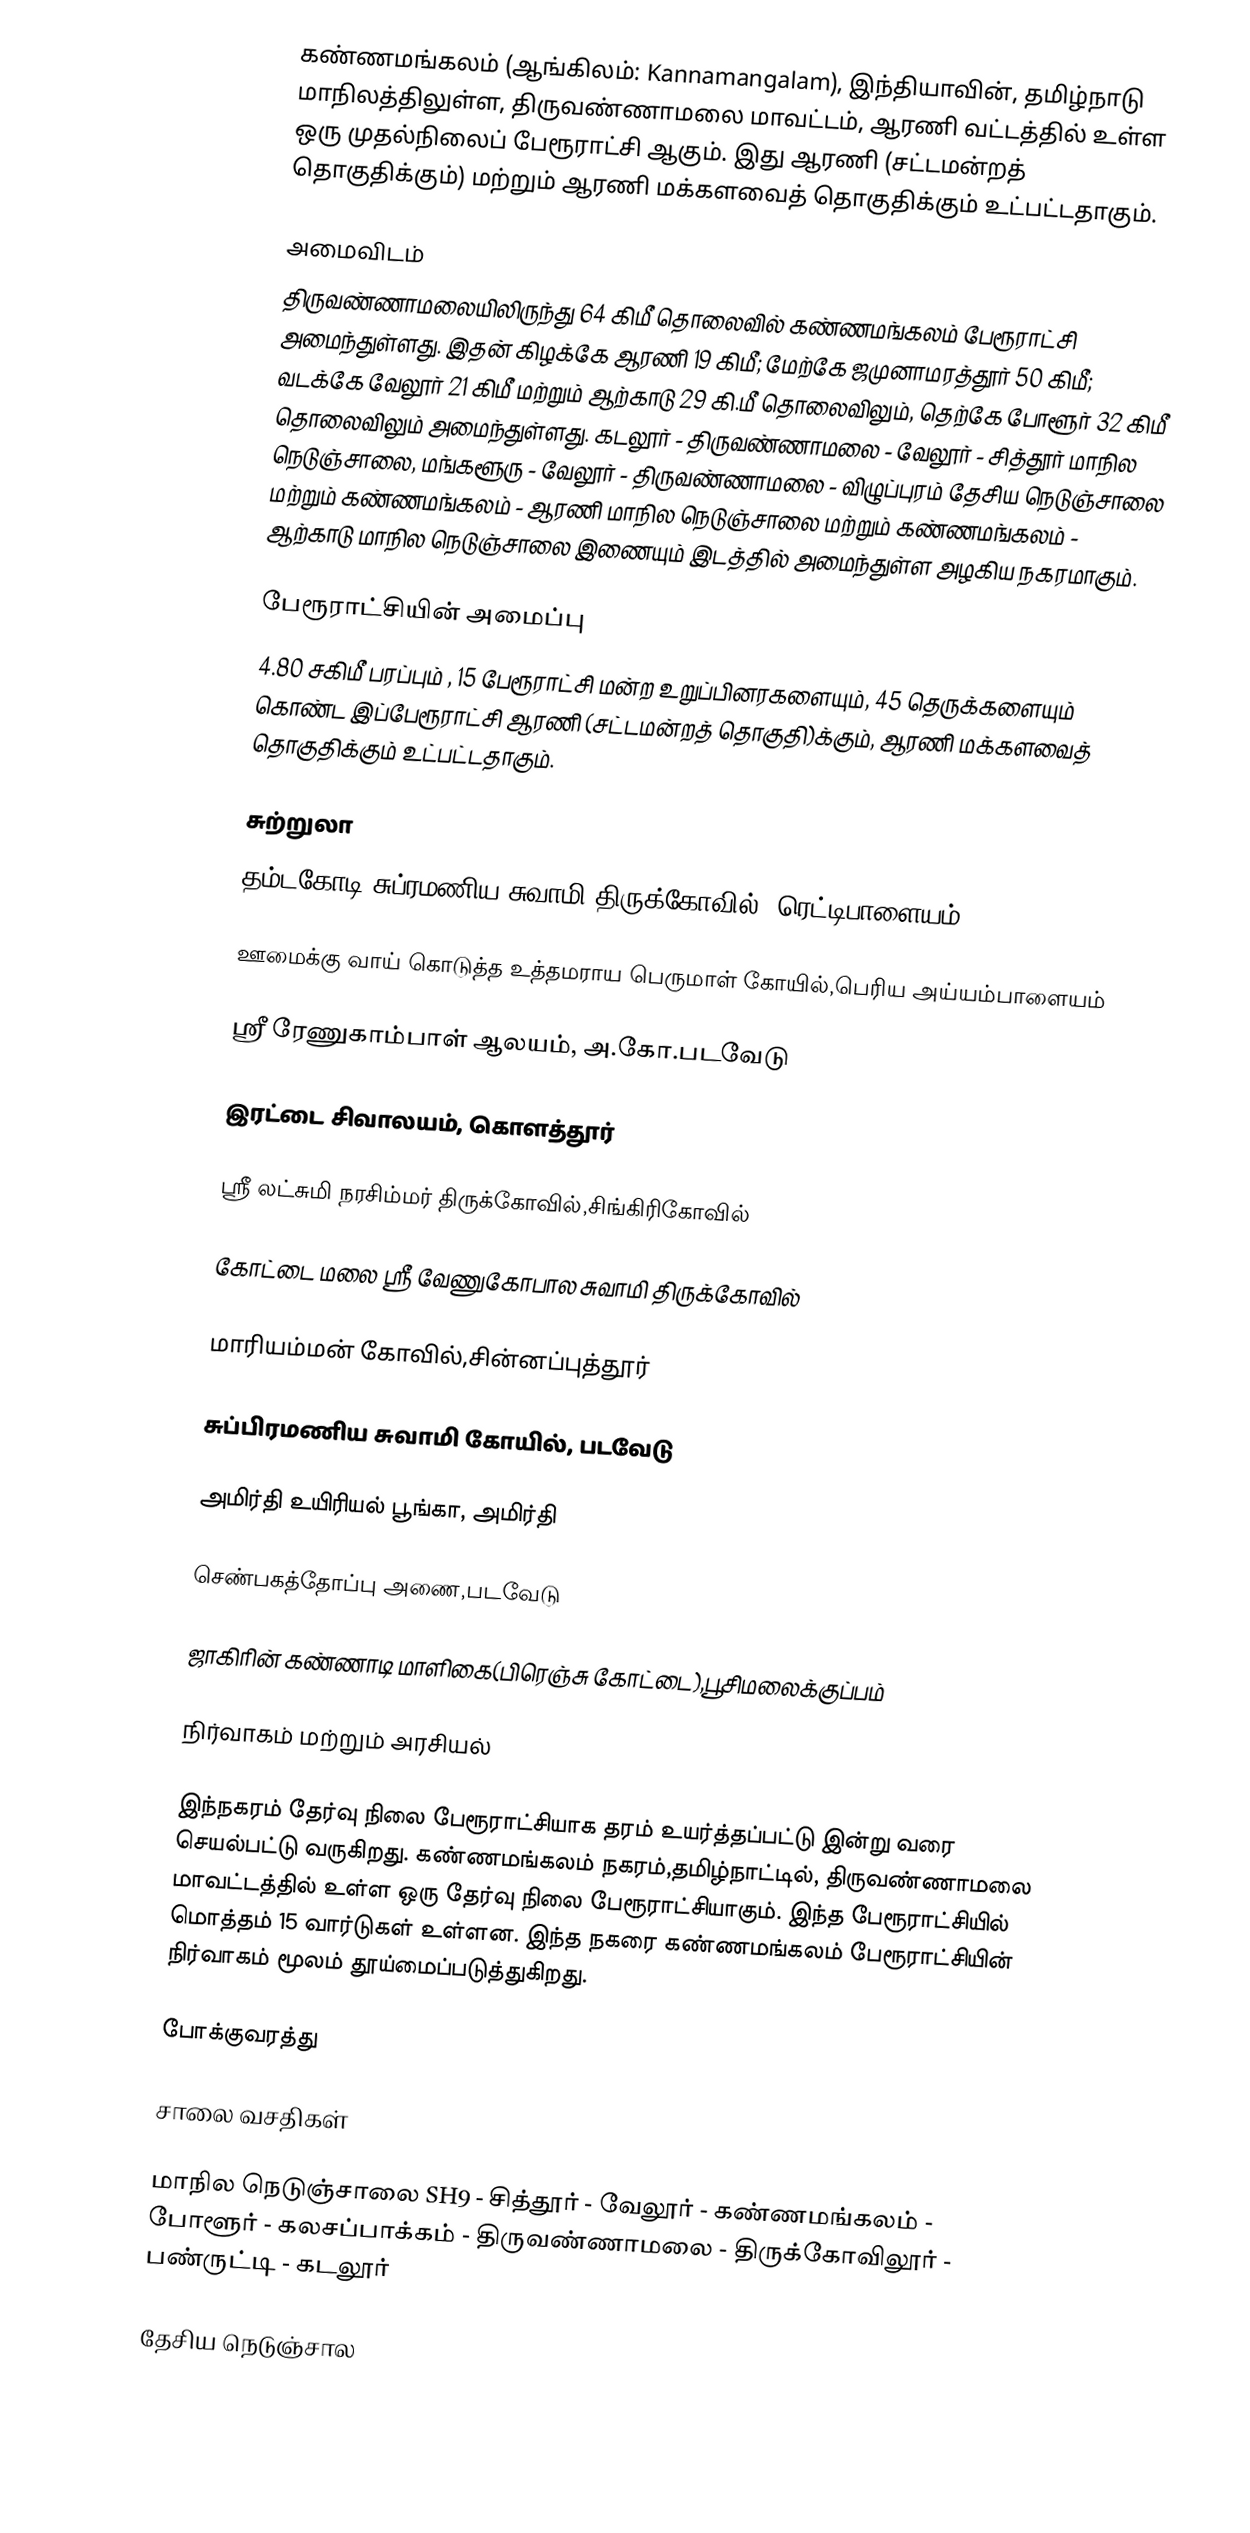
கண்ணமங்கலம் (ஆங்கிலம்: Kannamangalam), இந்தியாவின், தமிழ்நாடு மாநிலத்திலுள்ள, திருவண்ணாமலை மாவட்டம், ஆரணி வட்டத்தில் உள்ள ஒரு முதல்நிலைப் பேரூராட்சி ஆகும். இது ஆரணி (சட்டமன்றத் தொகுதிக்கும்) மற்றும் ஆரணி மக்களவைத் தொகுதிக்கும் உட்பட்டதாகும்.

அமைவிடம்
திருவண்ணாமலையிலிருந்து 64 கிமீ தொலைவில் கண்ணமங்கலம் பேரூராட்சி  அமைந்துள்ளது. இதன் கிழக்கே ஆரணி 19 கிமீ; மேற்கே ஜமுனாமரத்தூர்  50 கிமீ; வடக்கே வேலூர் 21 கிமீ மற்றும் ஆற்காடு 29 கி.மீ தொலைவிலும், தெற்கே போளூர் 32 கிமீ  தொலைவிலும்  அமைந்துள்ளது.  கடலூர் - திருவண்ணாமலை - வேலூர்  -  சித்தூர் மாநில  நெடுஞ்சாலை,  மங்களூரு - வேலூர் - திருவண்ணாமலை - விழுப்புரம் தேசிய நெடுஞ்சாலை மற்றும் கண்ணமங்கலம் - ஆரணி மாநில  நெடுஞ்சாலை மற்றும் கண்ணமங்கலம்  - ஆற்காடு மாநில நெடுஞ்சாலை  இணையும்  இடத்தில் அமைந்துள்ள அழகிய நகரமாகும்.

பேரூராட்சியின் அமைப்பு
4.80 சகிமீ பரப்பும் , 15  பேரூராட்சி மன்ற உறுப்பினரகளையும்,  45 தெருக்களையும் கொண்ட  இப்பேரூராட்சி ஆரணி (சட்டமன்றத் தொகுதி)க்கும்,  ஆரணி மக்களவைத் தொகுதிக்கும் உட்பட்டதாகும்.

சுற்றுலா
தம்டகோடி சுப்ரமணிய சுவாமி  திருக்கோவில், ரெட்டிபாளையம்

ஊமைக்கு வாய் கொடுத்த உத்தமராய பெருமாள் கோயில்,பெரிய அய்யம்பாளையம்

ஸ்ரீ ரேணுகாம்பாள் ஆலயம், அ.கோ.படவேடு

 இரட்டை சிவாலயம், கொளத்தூர்

ஸ்ரீ லட்சுமி நரசிம்மர் திருக்கோவில்,சிங்கிரிகோவில்

கோட்டை மலை ஸ்ரீ வேணுகோபால சுவாமி திருக்கோவில்

மாரியம்மன் கோவில்,சின்னப்புத்தூர்

சுப்பிரமணிய சுவாமி கோயில், படவேடு

அமிர்தி உயிரியல் பூங்கா, அமிர்தி

செண்பகத்தோப்பு அணை,படவேடு

ஜாகிரின் கண்ணாடி மாளிகை(பிரெஞ்சு கோட்டை),பூசிமலைக்குப்பம்

நிர்வாகம் மற்றும் அரசியல்

இந்நகரம் தேர்வு நிலை பேரூராட்சியாக தரம் உயர்த்தப்பட்டு இன்று வரை செயல்பட்டு வருகிறது. கண்ணமங்கலம் நகரம்,தமிழ்நாட்டில், திருவண்ணாமலை மாவட்டத்தில் உள்ள ஒரு தேர்வு நிலை பேரூராட்சியாகும். இந்த பேரூராட்சியில் மொத்தம் 15 வார்டுகள் உள்ளன. இந்த நகரை கண்ணமங்கலம் பேரூராட்சியின் நிர்வாகம் மூலம் தூய்மைப்படுத்துகிறது.

போக்குவரத்து

சாலை வசதிகள்

 மாநில நெடுஞ்சாலை SH9 - சித்தூர் - வேலூர் - கண்ணமங்கலம் - போளூர் - கலசப்பாக்கம் - திருவண்ணாமலை - திருக்கோவிலூர் - பண்ருட்டி - கடலூர்

 தேசிய  நெடுஞ்சால